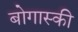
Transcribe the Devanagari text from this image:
बोगास्की